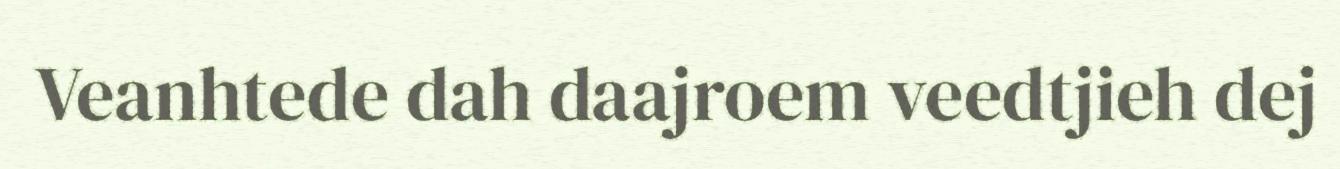
Veanhtede dah daajroem veedtjieh dej